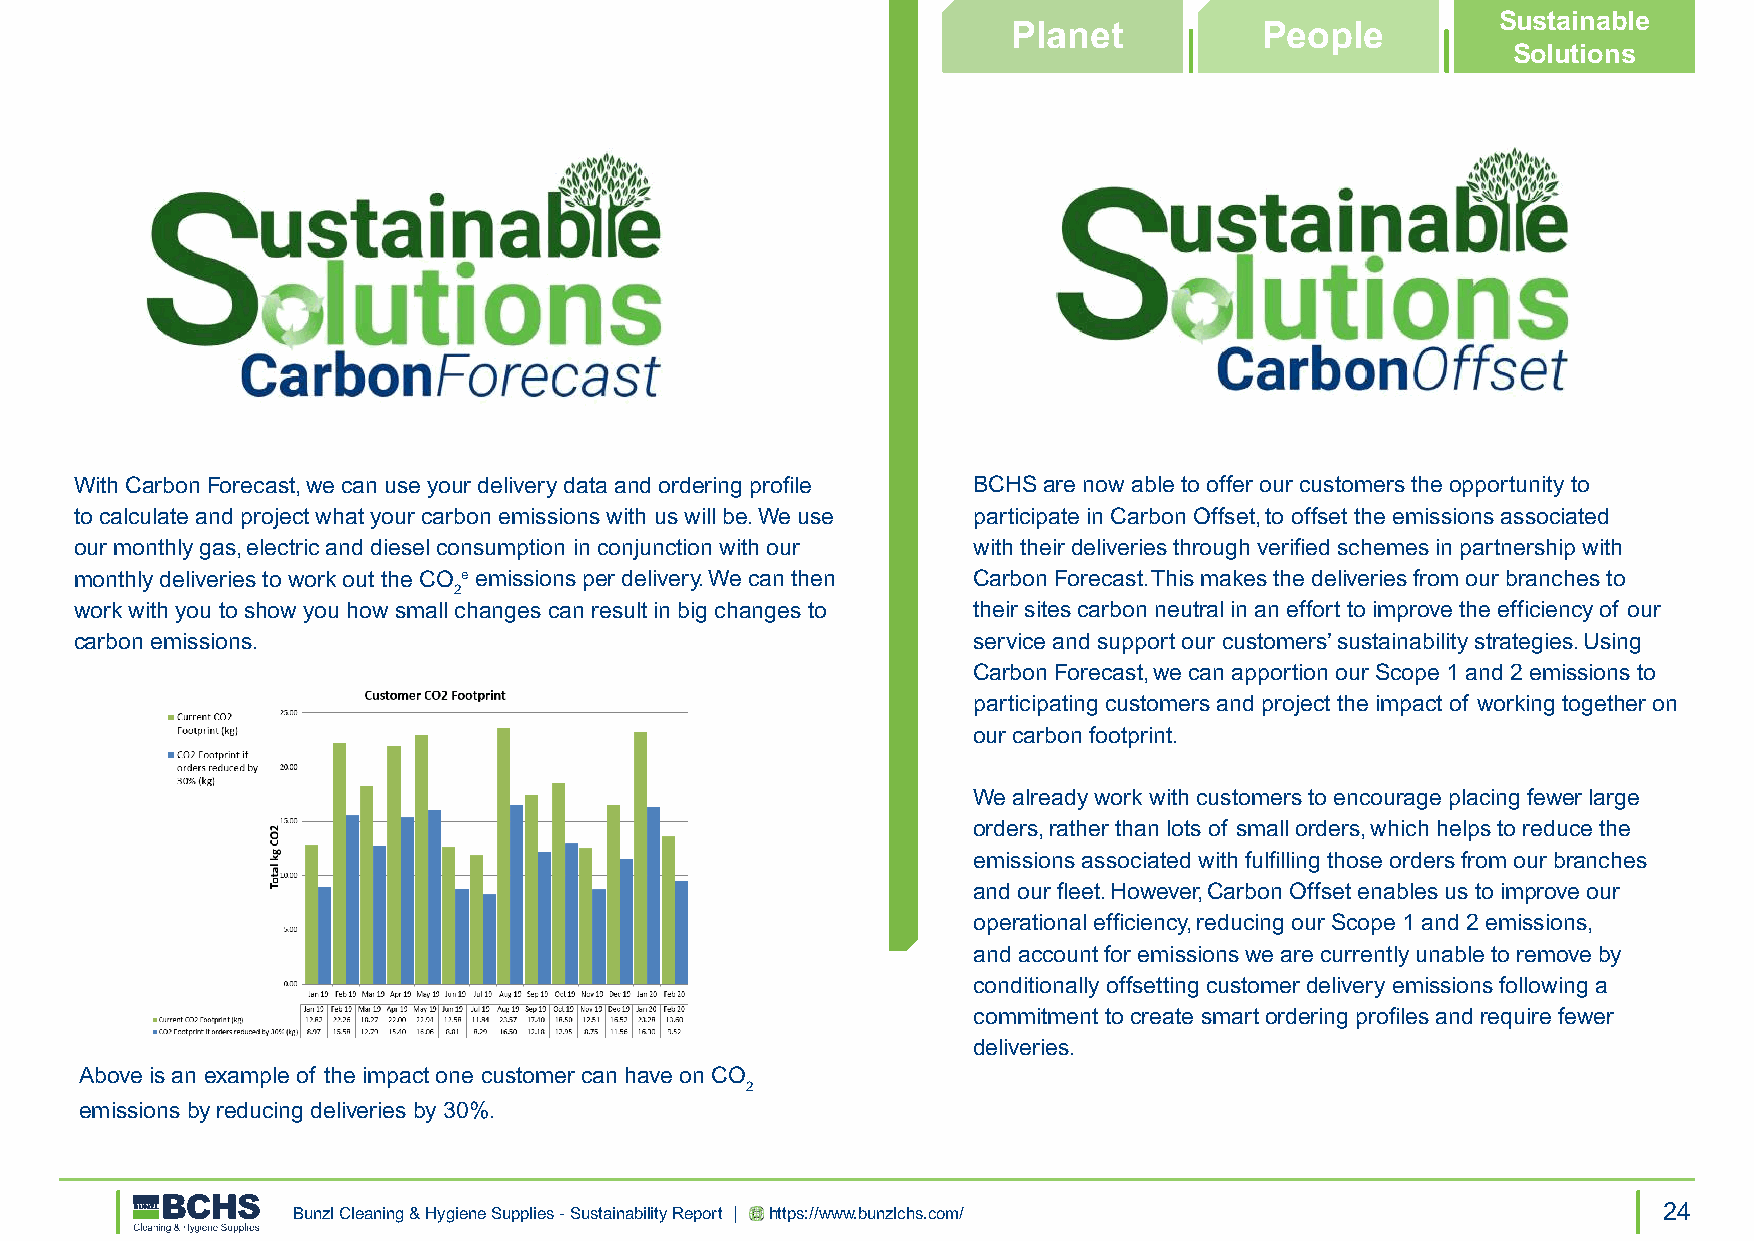
Sustainable
 Planet           People
 Solutions
 With Carbon Forecast, we can use your delivery data and ordering profile BCHS are now able to offer our customers the opportunity to
 to calculate and project what your carbon emissions with us will be. We use participate in Carbon Offset, to offset the emissions associated
 our monthly gas, electric and diesel consumption in conjunction with our with their deliveries through verified schemes in partnership with
 monthly deliveries to work out the CO e emissions per delivery. We can then Carbon Forecast. This makes the deliveries from our branches to
 2
 work with you to show you how small changes can result in big changes to their sites carbon neutral in an effort to improve the efficiency of our
 carbon emissions.                                          service and support our customers’ sustainability strategies. Using
 Carbon Forecast, we can apportion our Scope 1 and 2 emissions to
 participating customers and project the impact of working together on
 our carbon footprint.
 We already work with customers to encourage placing fewer large
 orders, rather than lots of small orders, which helps to reduce the
 emissions associated with fulfilling those orders from our branches
 and our fleet. However, Carbon Offset enables us to improve our
 operational efficiency, reducing our Scope 1 and 2 emissions,
 and account for emissions we are currently unable to remove by
 conditionally offsetting customer delivery emissions following a
 commitment to create smart ordering profiles and require fewer
 deliveries.
 Above is an example of the impact one customer can have on CO
 2
 emissions by reducing deliveries by 30%.
 Bunzl Cleaning & Hygiene Supplies - Sustainability Report | https://www.bunzlchs.com/      24